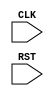
module TOP(CLK, RST);
  input CLK, RST;
  reg [31:0] cnt;
  always @(posedge CLK) begin
    if(RST) begin
      cnt <= 0;
    end else begin
      case(cnt)
        0 : begin
          cnt <= 0 + 1;
        end
        1 : begin
          cnt <= 1 + 1;
        end
        2 : begin
          cnt <= 2 + 1;
        end
        3 : begin
          cnt <= 3 + 1;
        end
        4 : begin
          cnt <= 4 + 1;
        end
        5 : begin
          cnt <= 5 + 1;
        end
        6 : begin
          cnt <= 6 + 1;
        end
        7 : begin
          cnt <= 7 + 1;
        end
        8 : begin
          cnt <= 8 + 1;
        end
        9 : begin
          cnt <= 9 + 1;
        end
        10 : begin
          cnt <= 10 + 1;
        end
        11 : begin
          cnt <= 11 + 1;
        end
        12 : begin
          cnt <= 12 + 1;
        end
        13 : begin
          cnt <= 13 + 1;
        end
        14 : begin
          cnt <= 14 + 1;
        end
        15 : begin
          cnt <= 15 + 1;
        end
        16 : begin
          cnt <= 16 + 1;
        end
        17 : begin
          cnt <= 17 + 1;
        end
        18 : begin
          cnt <= 18 + 1;
        end
        19 : begin
          cnt <= 19 + 1;
        end
        20 : begin
          cnt <= 20 + 1;
        end
        21 : begin
          cnt <= 21 + 1;
        end
        22 : begin
          cnt <= 22 + 1;
        end
        23 : begin
          cnt <= 23 + 1;
        end
        24 : begin
          cnt <= 24 + 1;
        end
        25 : begin
          cnt <= 25 + 1;
        end
        26 : begin
          cnt <= 26 + 1;
        end
        27 : begin
          cnt <= 27 + 1;
        end
        28 : begin
          cnt <= 28 + 1;
        end
        29 : begin
          cnt <= 29 + 1;
        end
        30 : begin
          cnt <= 30 + 1;
        end
        31 : begin
          cnt <= 31 + 1;
        end
        default: begin
          cnt <= cnt + 1;
        end
      endcase
    end
  end
endmodule